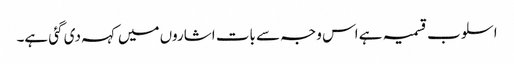
اسلوب قسمیہ ہے اس وجہ سے بات اشاروں میں کہہ دی گئی ہے۔